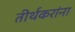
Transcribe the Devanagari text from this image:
तीर्थकरांना